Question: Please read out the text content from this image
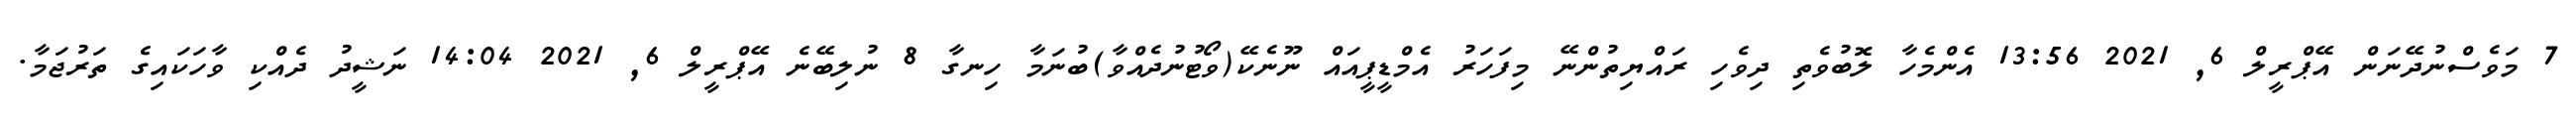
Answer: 7 މަވެސްނުދޭނަން އޭޕްރީލް 6, 2021 13:56 އެންމެހާ ލޮބުވެތި ދިވެހި ރައްޔިތުންނޭ މިފަހަރު އެމްޑީޕީއައް ނޫނެކޭ(ވޯޓުނުދެއްވާ)ބުނަމާ ހިނގާ 8 ނުލިބޭނެ އޭޕްރީލް 6, 2021 14:04 ނަޝީދު ދެއްކި ވާހަކައިގެ ތަރުޖަމާ.